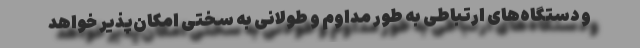
و دستگاه‌های ارتباطی به طور مداوم و طولانی به سختی امکان‌پذیر خواهد